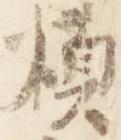
煩